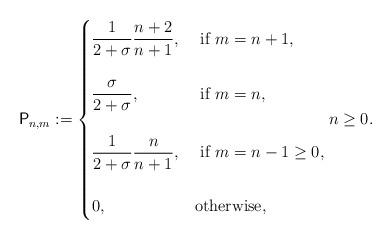
LaTeX: \begin{align*}\mathsf P_{n,m}:=\begin{cases} \displaystyle\frac{1}{2+\sigma} \frac{n+2}{n+1}, & \mbox{ if } m=n+1, \\\\ \displaystyle \frac{\sigma}{2+\sigma},& \mbox{ if } m=n, \\\\ \displaystyle \frac{1}{2+\sigma}\frac{n}{n+1}, & \mbox{ if } m=n-1\ge 0, \\\\ \displaystyle 0, & \mbox{otherwise,} \end{cases}n\ge 0.\end{align*}